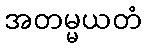
အတမ္မယတံ